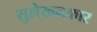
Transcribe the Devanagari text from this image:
सुलेखनकार